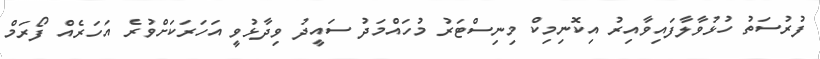
ފުރުސަތު ހުޅުވާލާފައިވާއިރު އިކޮނިމިކް މިނިސްޓަރު މުހައްމަދު ސައީދު ވިދާޅުވީ އަހަރަކަށްވުރެ އަހަރެއް ފޯރަމް